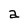
Character: a